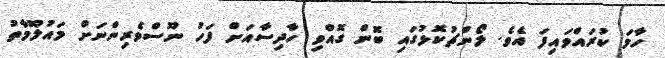
ހާމަ ކުރައްވައިފަ އެވެ. ލޯންޗުކޮޅުގައި ބޮން ގޮއްވި ހާދިސާއަށް ފަހު ނޫސްވެރިންނަށް މައުލޫމާތު